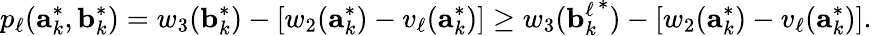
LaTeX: p_{\ell}(\mathbf{a}_{k}^{*},\mathbf{b}_{k}^{*})=w_{3}(\mathbf{b}_{k}^{*})-\left[w_{2}(\mathbf{a}_{k}^{*})-v_{\ell}(\mathbf{a}_{k}^{*})\right]\geq w_{3}({\mathbf{b}_{k}^{\ell}}^{*})-\left[w_{2}(\mathbf{a}_{k}^{*})-v_{\ell}(\mathbf{a}_{k}^{*})\right].